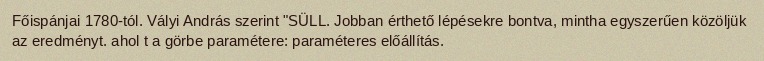
Főispánjai 1780-tól. Vályi András szerint "SÜLL. Jobban érthető lépésekre bontva, mintha egyszerűen közöljük az eredményt. ahol t a görbe paramétere: paraméteres előállítás.